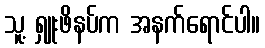
သူ့ ရှူးဖိနပ်က အနက်ရောင်ပါ။